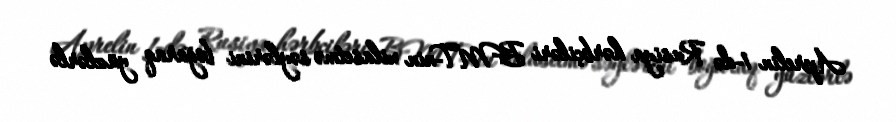
Aprelin 1-də Rusiya hərbçiləri BMT-nin xilasetmə səylərini boğaraq yüzlərlə